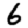
Digit: 6